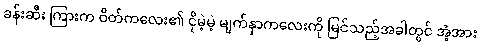
ခန်းဆီး ကြားက ဝိတ်ကလေး၏ ငိုမဲ့မဲ့ မျက်နှာကလေးကို မြင်သည့်အခါတွင် အံ့အား